Indian journal of veterinary science and animal husbandry - Volumes 15-17, 1948-1951
Year: 1948
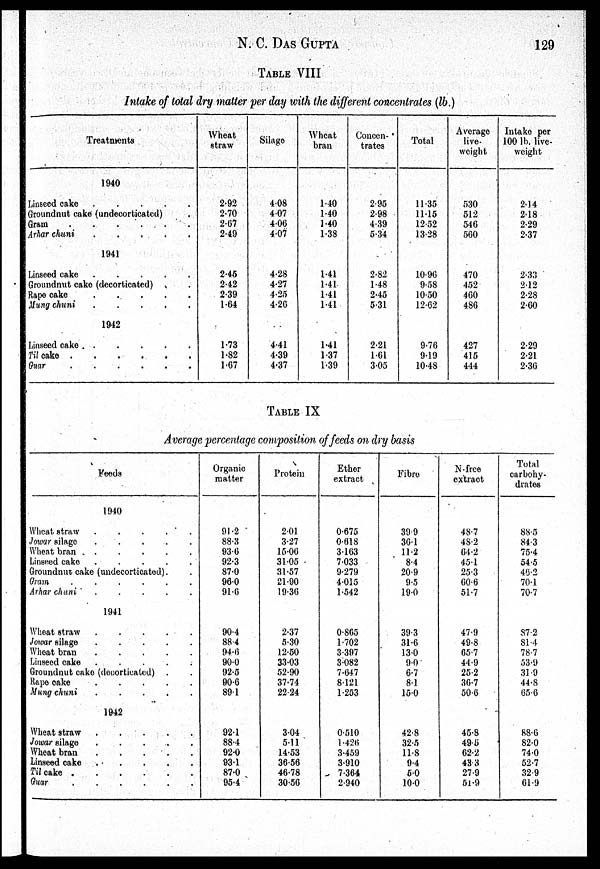
N. C.
DAS
GUPTA
129
TABLE VIII
Intake of total dry matter per day with the different concentrates (lb.)
Treatments
1940
Linseed cake
.
.
.
.
.
Groundnut cake (undecorticated)
Gram . . . . . .
Arhar chuni
.
.
.
.
.
.
1941
Linseed cake
.
.
.
.
.
.
Groundnut cake (decorticated) . .
Rape cake
.
.
.
.
.
.
Mung chuni
.
.
.
.
.
.
1942
Linseed cake . . . . . . . .
Til cake
.
.
.
.
.
.
Guar
.
.
.
.
.
.
Wheat
straw
2.92
2.70
2.67
2.49
2.45
2.42
2.39
1.64
1.73
1.82
1.67
Silage
4.08
4.07
4.06
4.07
4.28
4.27
4.25
4.26
4.41
4.39
4.37
Wheat
bran
1.40
1.40
1.40
1.38
1.41
1.41
1.41
1.41
1.41
1 37
1.39
Concen-
trates
2.95
2.98
4.39
5.34
2.82
1.48
2.45
5.31
2.21
1.61
3.05
Total
11.35
11.15
12.52
13.28
10.96
9.58
10.50
12.62
9.76
9.19
10.48
Average
live-
weight
530
512
546
560
470
452
460
486
427
415
444
Intake per
100 lb. live-
weight
2.14
2.18
2.29
2.37
2.33
2.12
2.28
2.60
2.29
2.21
2.36
TABLE IX
Average percentage composition of feeds on dry basis
Feeds
1940
Wheat straw
.
.
.
.
.
.
Jowar silage
.
.
.
.
.
.
Wheat bran
.
.
.
.
.
.
Linseed cake
.
.
.
.
.
.
Groundnut cake (undecorticated). .
Gram
.
.
.
.
.
.
Arhar chuni
.
.
.
.
.
.
1941
Wheat straw
.
.
.
.
.
.
Jowar silage
.
.
.
.
.
.
Wheat bran
.
.
.
.
.
.
Linseed cake
.
.
.
.
.
.
Groundnut cake (decorticated) . .
Rape cake
.
.
.
.
.
.
Mung chuni
.
.
.
.
.
.
1942
Wheat straw
.
.
.
.
.
.
Jowar silage
.
.
.
.
.
.
Wheat bran
.
.
.
.
.
.
Linseed cake
.
.
.
.
.
.
Til cake
.
.
.
.
.
.
Guar
.
.
.
.
.
.
Organic
matter
91.2
88.3
93.6
92.3
87.0
96.0
91.6
90.4
88.4
94.6
90.0
92.5
90.6
89.1
92.1
88.4
92.0
93.1
87.0
95.4
Protein
2.01
3.27
15.06
31.05
31.57
21.90
19.36
2.37
5.30
12.50
33.03
52.90
37.74
22.24
3.04
5.11
14.53
36.56
46.78
30.56
Ether
extract
0.675
0.618
3.163
7.033
9.279
4.015
1.542
0.865
1.702
3.397
3.082
7.647
8.121
1.253
0.510
1.426
3.459
3.910
7.364
2.940
Fibre
39.9
36.1
112
8.4
20.9
9.5
19.0
39.3
31.6
13 0
9.0
6.7
8.1
15.0
42.8
32.5
11.8
9.4
5.0
10.0
N-free
extract
48.7
48.2
64.2
45.1
25.3
60.6
51.7
47.9
49.8
65.7
44.9
25.2
36.7
50.6
45.8
49.5
62.2
43.3
27.9
51.9
Total
carbohy-
drates
88.5
84.3
75.4
54.5
46.2
70.1
70.7
87.2
81.4
78.7
53.9
31.9
44.8
65.6
88.6
82.0
74.0
52.7
32.9
61.9